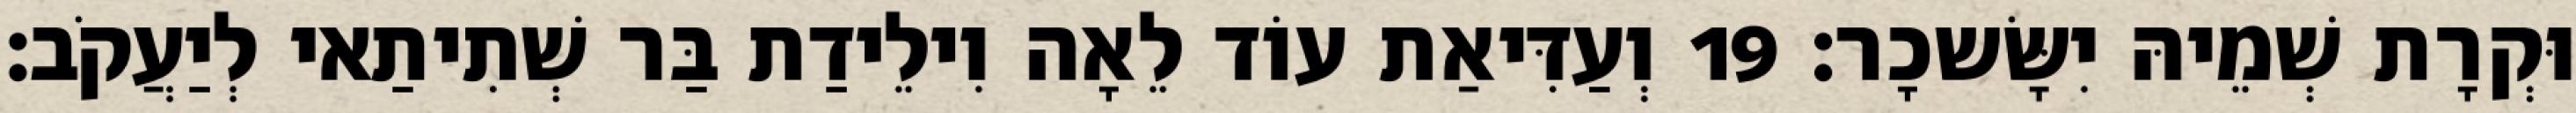
וּקְרָת שְׁמֵיהּ יִשָּׂשכָר׃ 19 וְעַדִּיאַת עוֹד לֵאָה וִילֵידַת בַּר שְׁתִיתַאי לְיַעֲקֹב׃